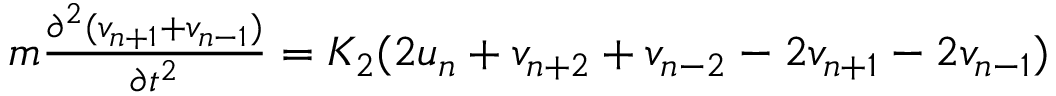
\begin{array} { r } { m \frac { \partial ^ { 2 } ( v _ { n + 1 } + v _ { n - 1 } ) } { \partial t ^ { 2 } } = K _ { 2 } ( 2 u _ { n } + v _ { n + 2 } + v _ { n - 2 } - 2 v _ { n + 1 } - 2 v _ { n - 1 } ) } \end{array}